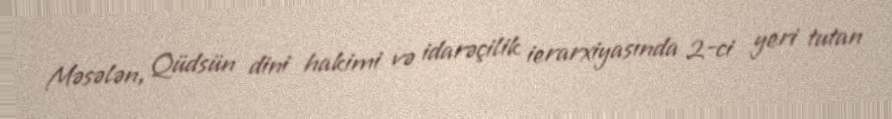
Məsələn, Qüdsün dini hakimi və idarəçilik ierarxiyasında 2-ci yeri tutan